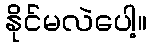
နိုင်မလဲပေါ့။